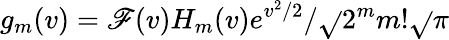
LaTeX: g_{m}(v)=\mathscr{F}(v)H_{m}(v)e^{v^{2}/2}/\sqrt{}{{2^{m}m!\sqrt{}{{\pi}}}}